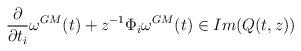
LaTeX: \begin{align*}\frac{\partial}{\partial t_i} \omega^{GM}(t) +z^{-1} \Phi_i\omega^{GM}(t) \in Im (Q(t,z))\end{align*}